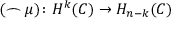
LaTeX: ( \frown \mu ) \colon H ^ { k } ( C ) \to H _ { n - k } ( C )